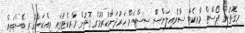
މިގޮތުން ޕޯސްޓް މާރކެޓް ސާވެއިލަންސްްް ސިސްޓަމް ހަރުދަނާކުރުމުގެ ގޮތުން މާރކެޓުގައި ވިއްކަންހުރި ބޭސްތައް